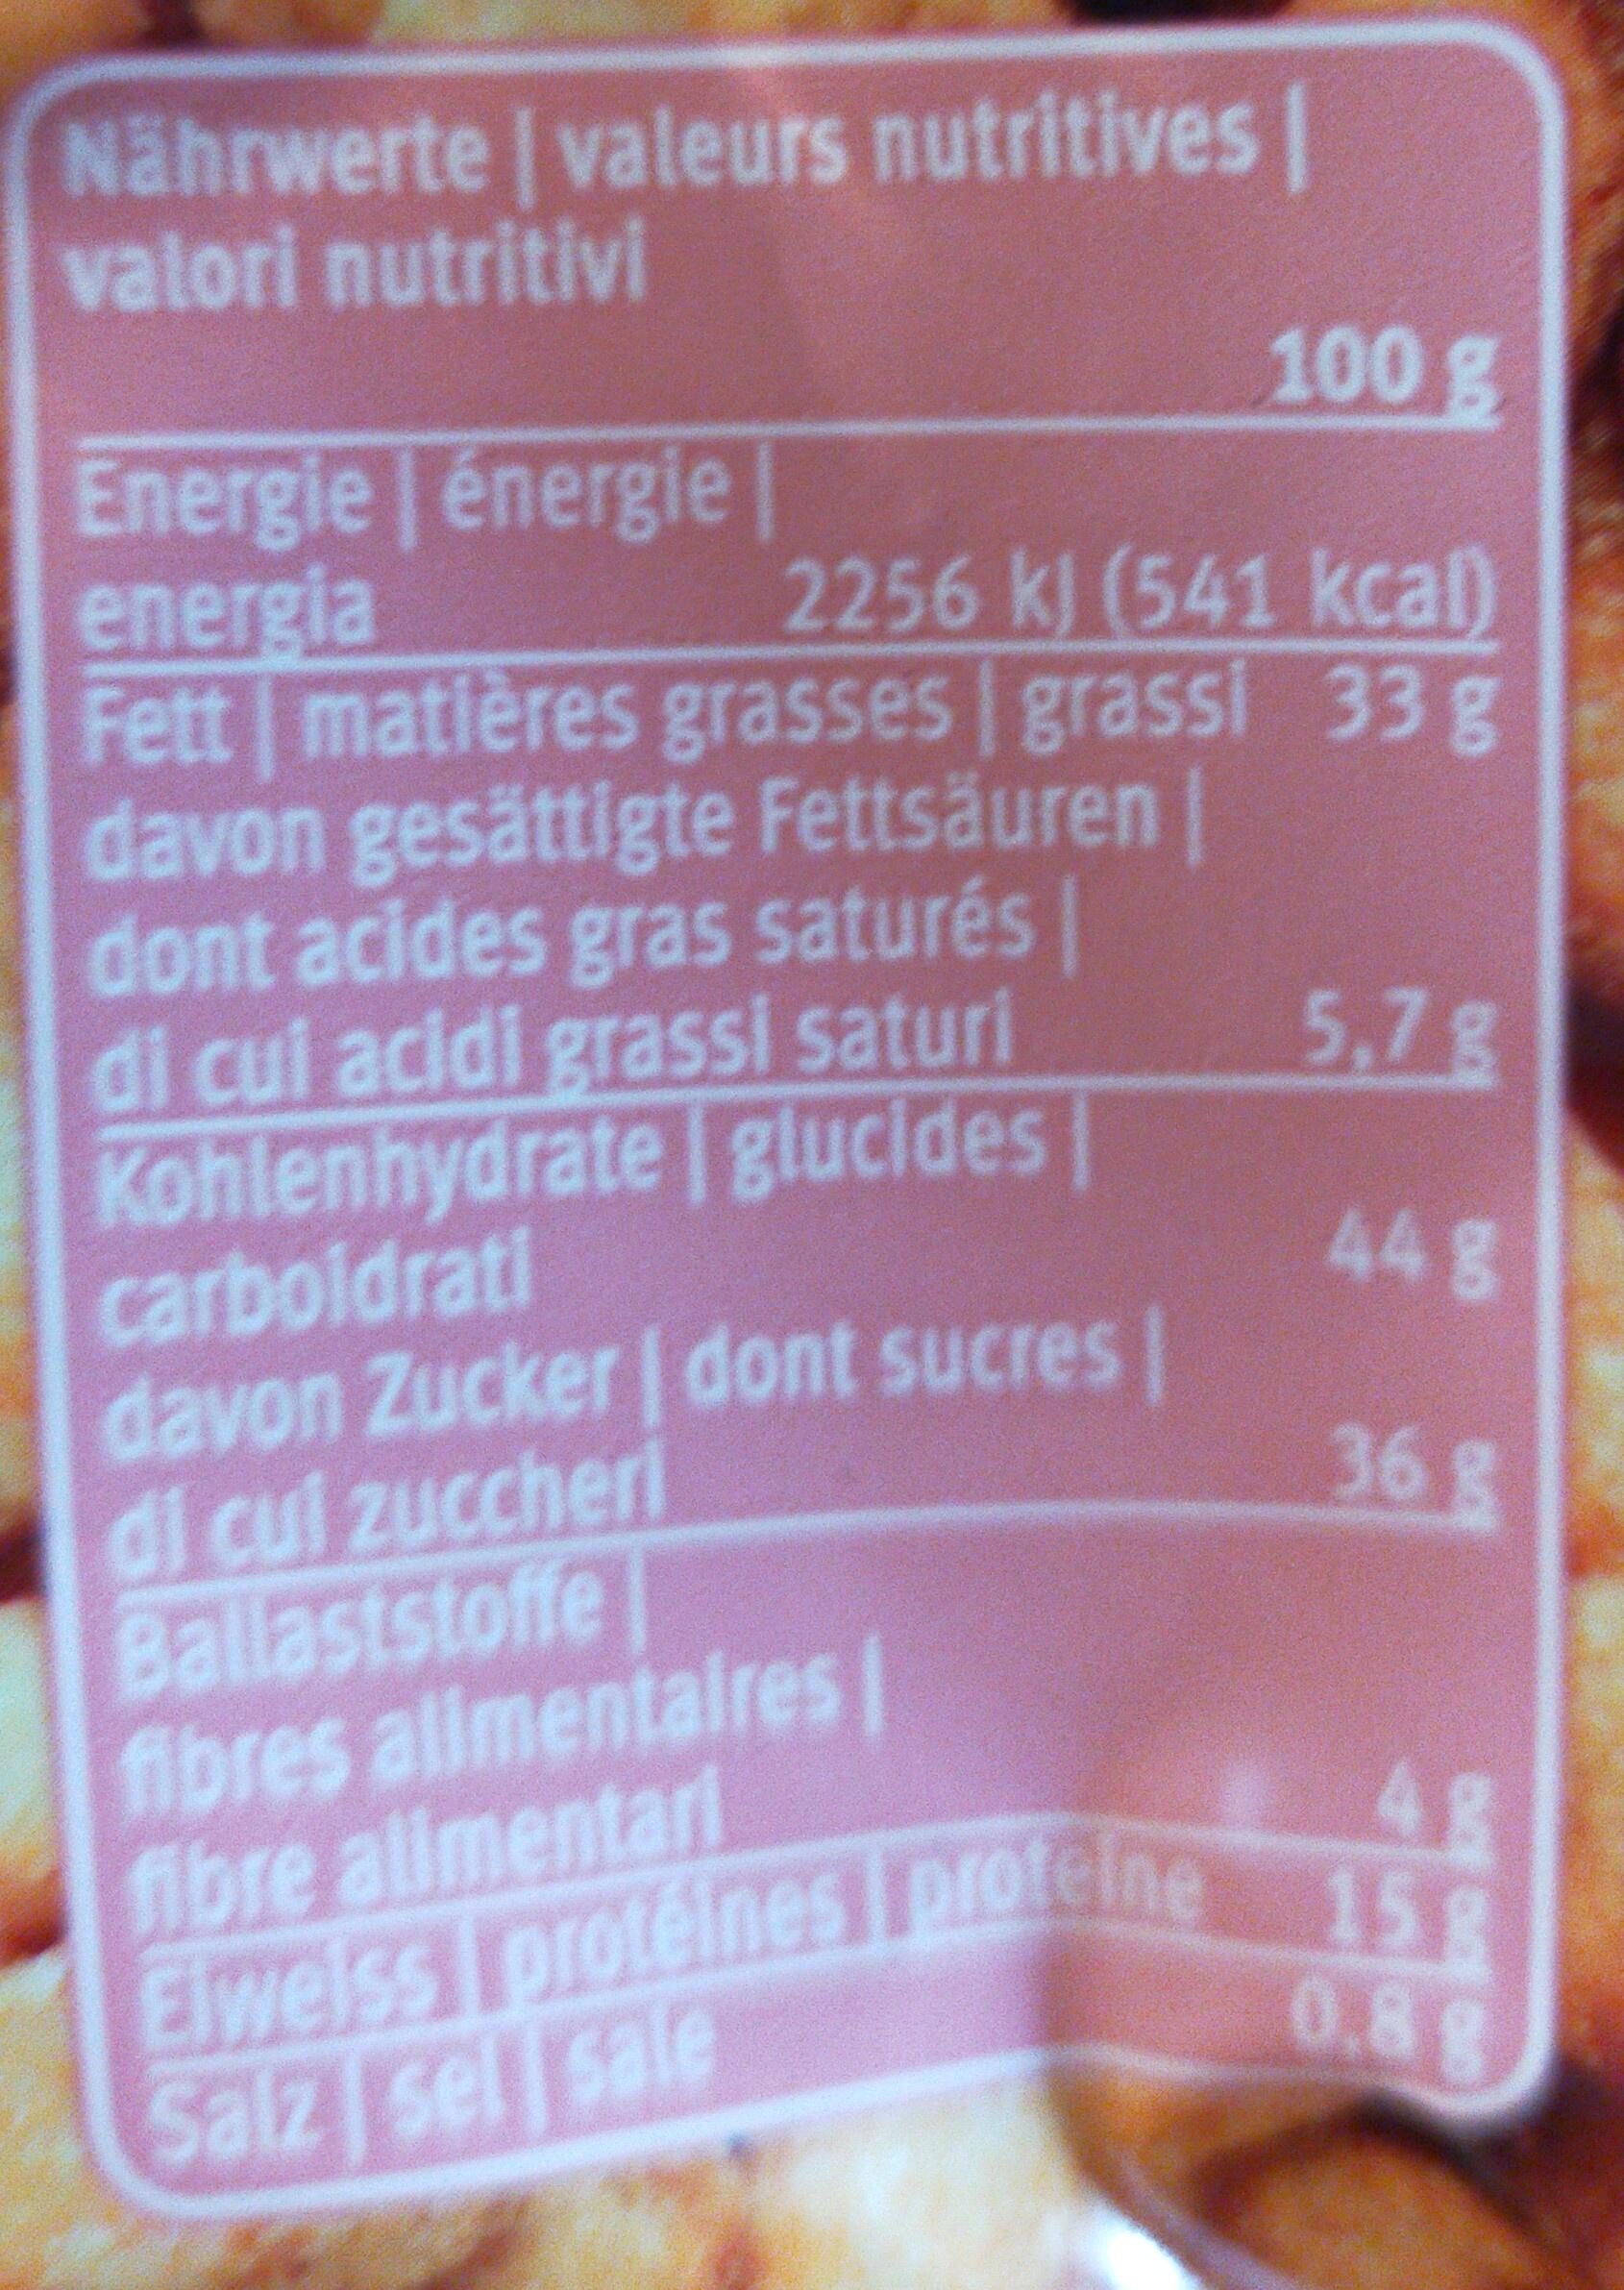
Nährwerte valeurs nutritives | valori nutritivi
100g
Energle énergie energia Fett matières grasses grassi 33g davon gesättigte Fettsäuren | dont acides gras saturés| di cui acidi grassi saturi Kohlenhydrate glucides| carboldrati davon Zucker dont sucres| di cul zuccheri Ballaststoffe fibres allimentaires| fibre alimentari EIwelss IproteineS protelne Salz sel sale
2256 k) (541 kcal)
5,7g
44g
36g
158 0.8g